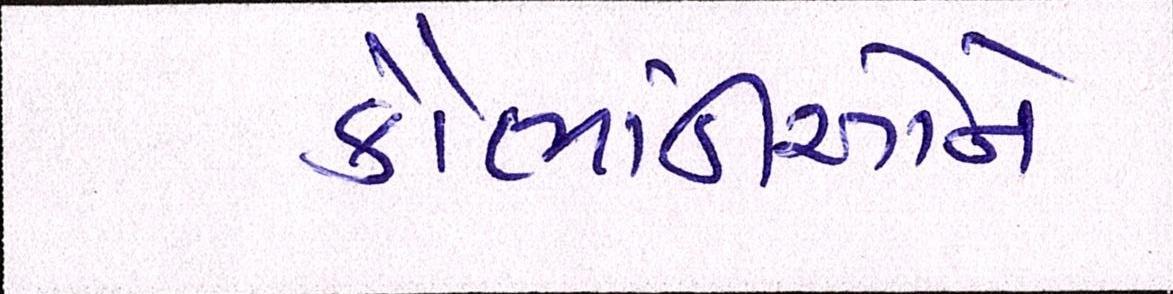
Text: કૌભાંડીઓને